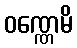
ဝဏ္ဏေမိ